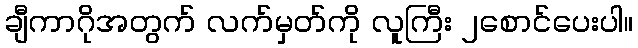
ချီကာဂိုအတွက် လက်မှတ်ကို လူကြီး ၂စောင်ပေးပါ။